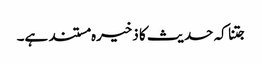
جتنا کہ حدیث کا ذخیرہ مستند ہے۔